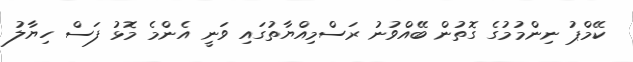
ކޭމްޕު ނިންމުމުގެ ގޮތުން ބޭއްވުނު ރަސްމިއްޔާތުގައި ވަނީ އެންމެ މޮޅު ފަސް ހިޔާލު